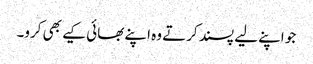
جو اپنے لیے پسند کرتے وہ اپنے بھائی کیے بھی کرو۔